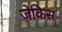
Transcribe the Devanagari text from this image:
ज़ेकिस